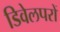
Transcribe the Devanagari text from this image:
डिवेलपरों